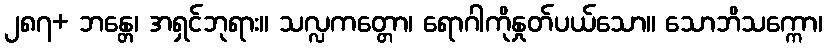
၂၈၇+ ဘန္တေ၊ အရှင်ဘုရား။ သလ္လကတ္တော၊ ရောဂါကိုနှုတ်ပယ်သော။ သောဘိသက္ကော၊